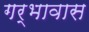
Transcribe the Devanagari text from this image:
गर्भावास